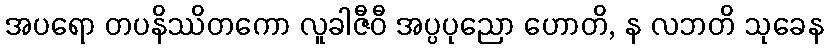
အပရော တပနိဿိတကော လူခါဇီဝီ အပ္ပပုညော ဟောတိ, န လဘတိ သုခေန